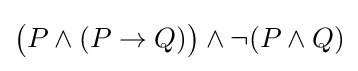
{\big (}P\land (P\to Q){\big )}\land \neg (P\land Q)